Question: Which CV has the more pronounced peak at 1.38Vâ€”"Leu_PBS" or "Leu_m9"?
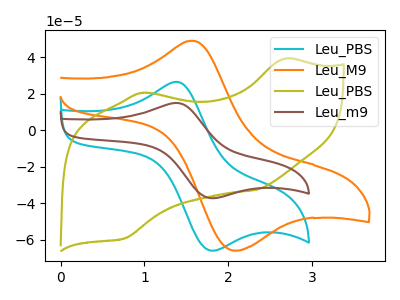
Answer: <think>The cyan curve "Leu_PBS" has an anodic peak at (1.40V, 26.55uA) and a cathodic peak at (1.75V, -65.60uA). The orange curve "Leu_M9" has an anodic peak at (1.60V, 49.10uA) and a cathodic peak at (2.10V, -65.90uA). The olive curve "Leu_PBS" has anodic peaks at (2.65V, 39.15uA) (0.95V, 20.50uA) and cathodic peaks at (2.35V, -32.55uA) (0.75V, -59.20uA). The brown curve "Leu_m9" has an anodic peak at (1.40V, 14.95uA) and a cathodic peak at (1.75V, -37.00uA).</think>
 <answer>The peak at 1.38V is higher in "Leu_PBS" than in "Leu_m9".</answer>
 <eval>higher</eval>